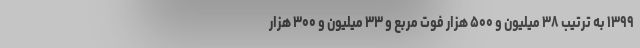
۱۳۹۹ به ترتیب ۳۸ میلیون و ۵۰۰ هزار فوت مربع و ۳۳ میلیون و ۳۰۰ هزار